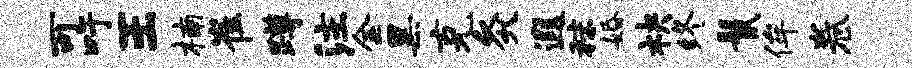
可吁王楠崔蹲注金黑克灸遐秣婚袂终鬣侔卷